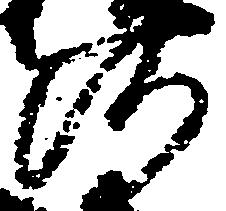
河